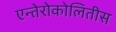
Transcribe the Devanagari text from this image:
एन्तेरोकोलितीस